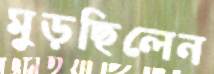
মুড়ছিলেন